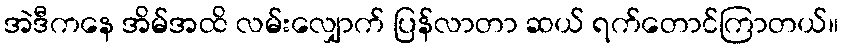
အဲဒီကနေ အိမ်အထိ လမ်းလျှောက် ပြန်လာတာ ဆယ် ရက်တောင်ကြာတယ်။